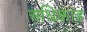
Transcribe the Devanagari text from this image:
अधिकाड़